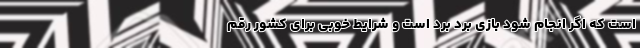
است که اگر انجام شود بازی برد برد است و شرایط خوبی برای کشور رقم